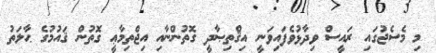
މި މެސެޖުގައި ރައީސް ވިދާޅުވެފައިވަނީ އިޤްތިޞާދީ ގޮތުންނާއި އިޖްތިމާޢީ ގޮތުން ޤައުމުގެ ޙާލަތު